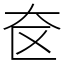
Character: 奁